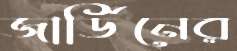
জার্ডিনের